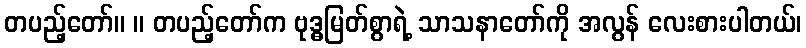
တပည့်တော်။ ။ တပည့်တော်က ဗုဒ္ဓမြတ်စွာရဲ့ သာသနာတော်ကို အလွန် လေးစားပါတယ်၊